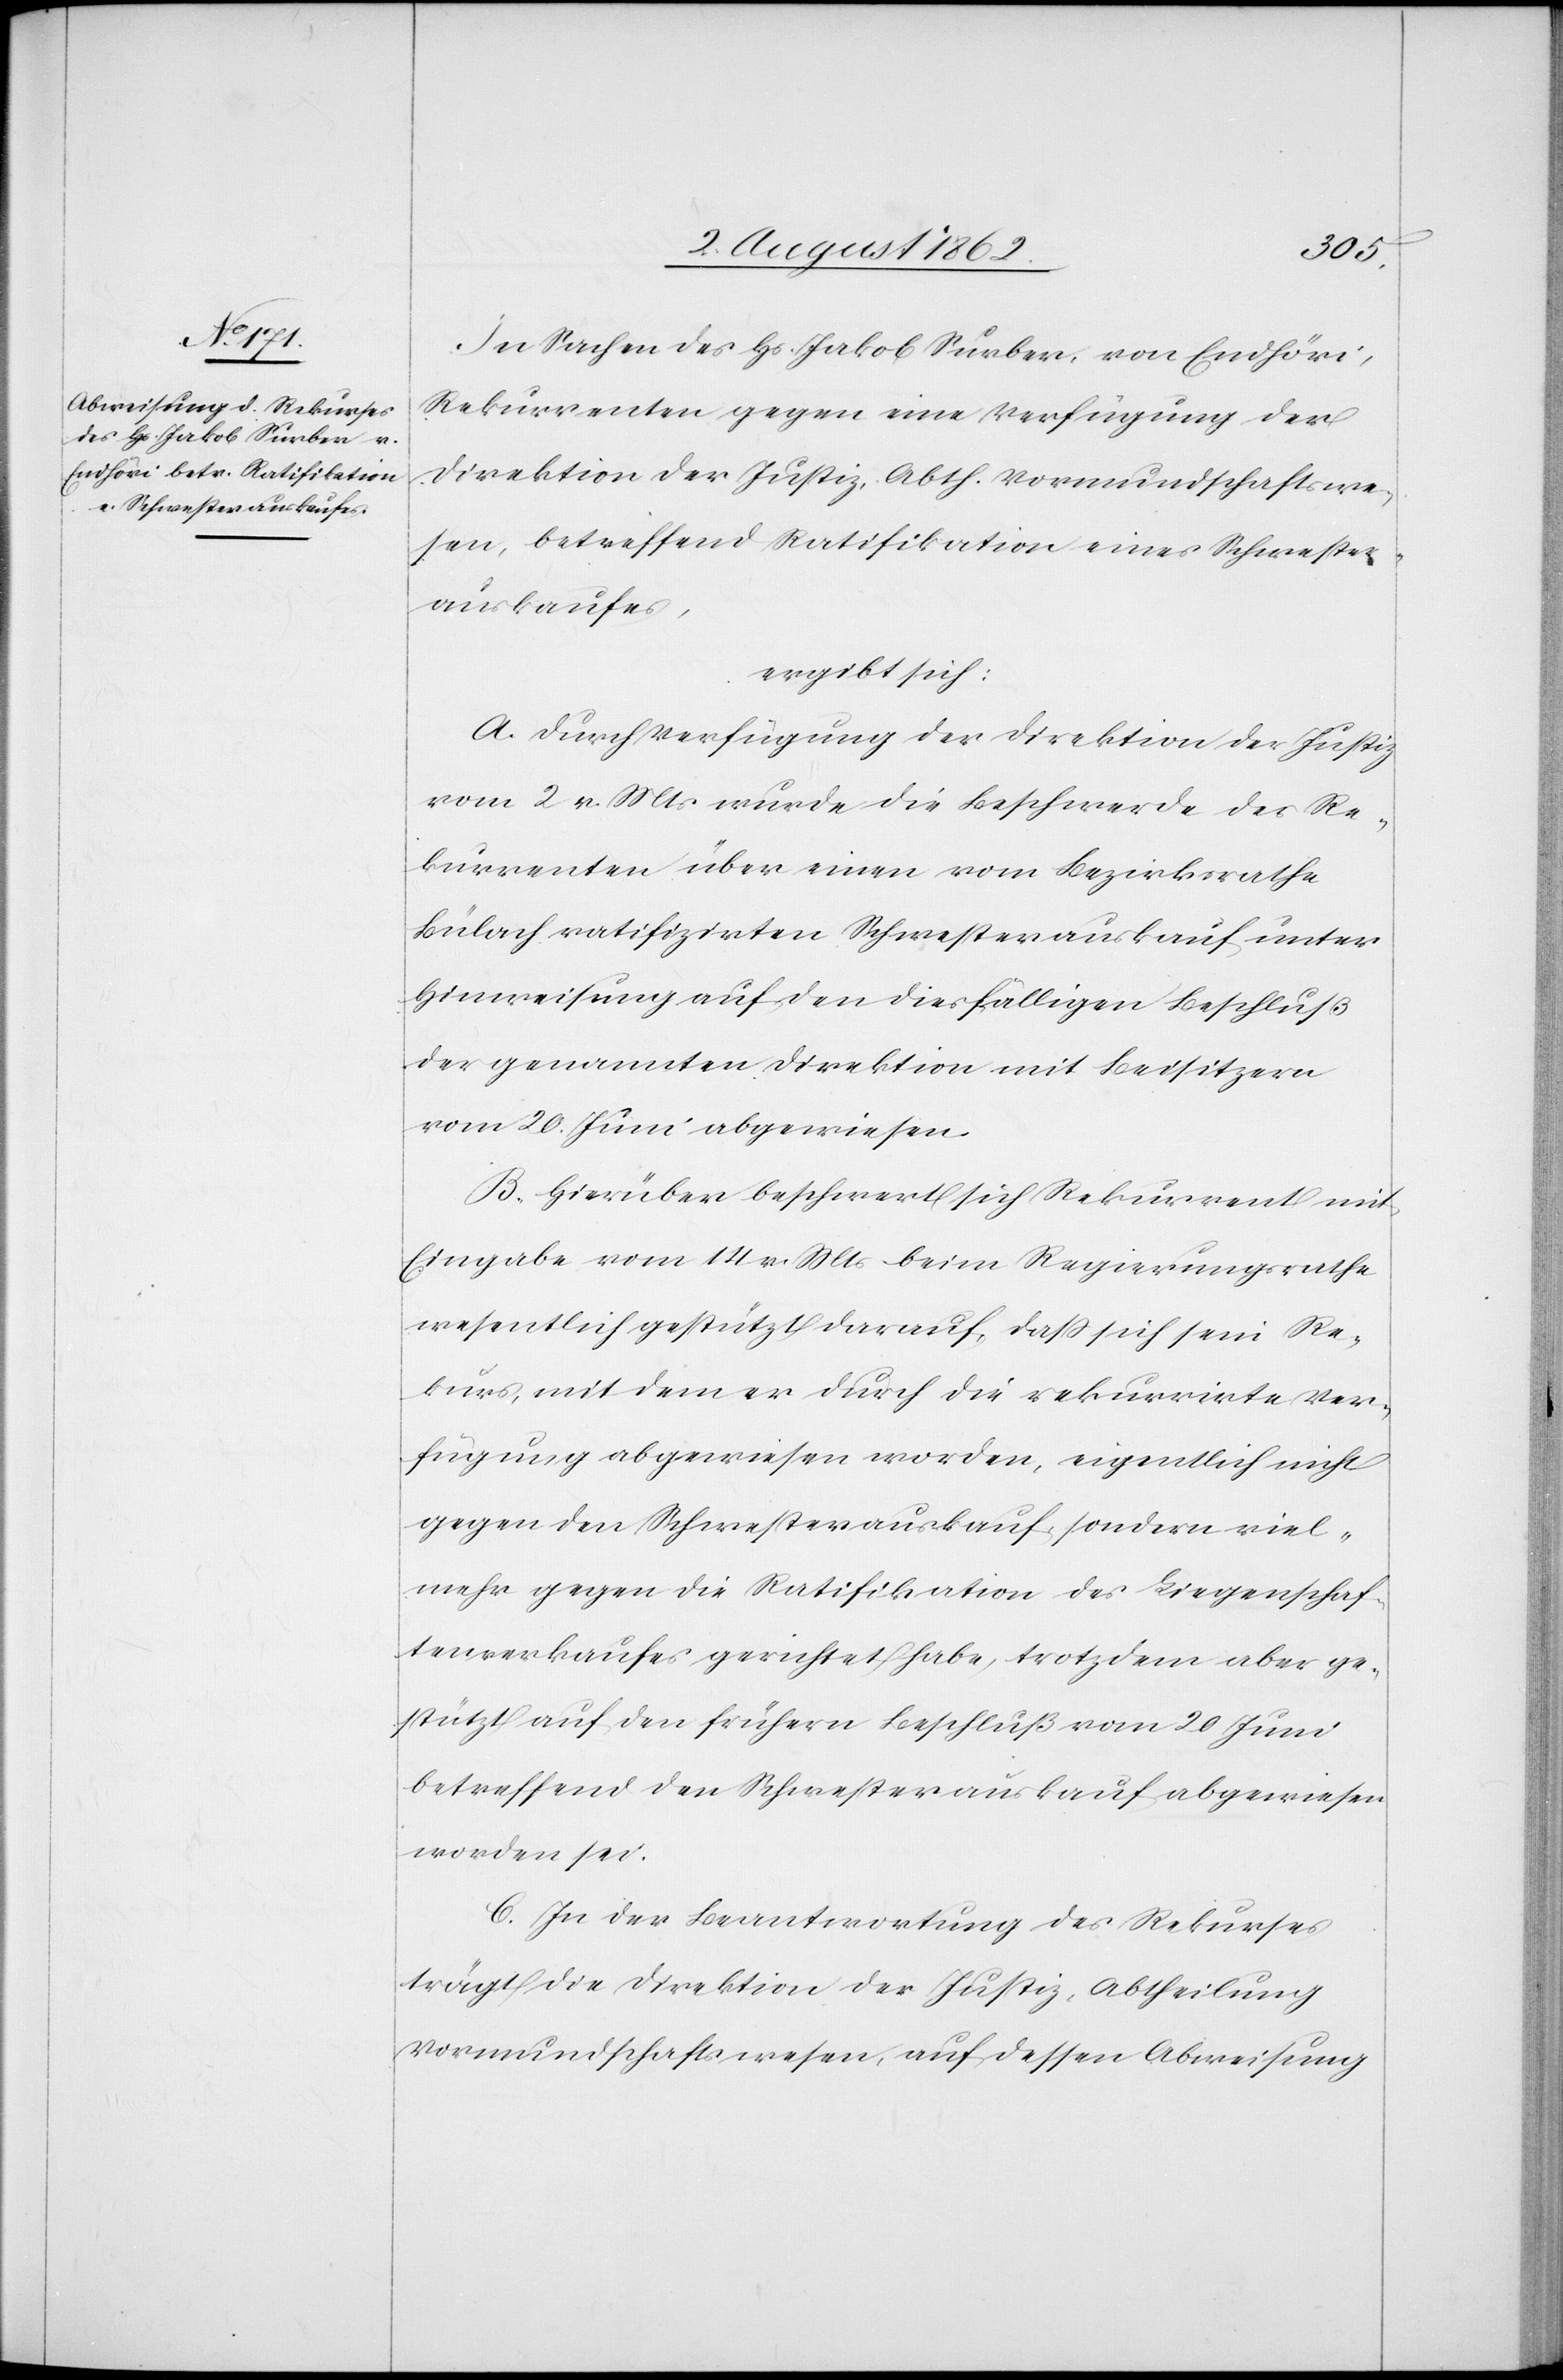
In Sachen des Hs. Jakob Surber, von Endhöri,
Rekurrenten gegen eine Verfügung der
Direktion der Justiz, Abth. Vormundschaftswe¬
sen, betreffend Ratifikation eines Schwester¬
auskaufes,
ergibt sich:
A. Durch Verfügung der Direktion der Justiz
vom 2. v. Mts. wurde die Beschwerde des Re¬
kurrenten über einen vom Bezirksrathe
Bülach ratifizirten Schwesterauskauf unter
Hinweisung auf den diesfälligen Beschluß
der genannten Direktion mit Beisitzern
vom 20. Juni abgewiesen.
B. Hierüber beschwert sich Rekurrent mit
Eingabe vom 14. v. Mts. beim Regierungsrathe
wesentlich gestützt darauf, daß sich sein Re¬
kurs, mit dem er durch die rekurrirte Ver¬
fügung abgewiesen worden, eigentlich nicht
gegen den Schwesterauskauf, sondern viel¬
mehr gegen die Ratifikation des Liegenschaf¬
tenverkaufes gerichtet habe, trotzdem aber ge¬
stützt auf den frühern Beschluß vom 20. Juni
betreffend den Schwesterauskauf abgewiesen
worden sei.
C. In der Beantwortung des Rekurses
trägt die Direktion der Justiz, Abtheilung
Vormundschaftswesen, auf dessen Abweisung